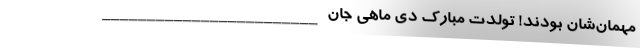
مهمان‌شان بودند! تولدت مبارک دی ماهی جان ________________________